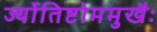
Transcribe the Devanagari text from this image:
र्ज्योतिष्टोममुखैः